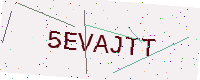
Text: 5EVAJTT